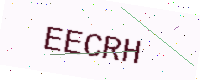
Text: EECRH